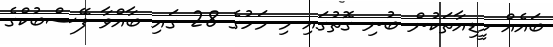
ބައެއް މީޑިއާތަކުން ބުނި ގޮތުގައި މި މަހުގެ 28 ގައި ބާއްވާ ފޭސްބުކްގެ